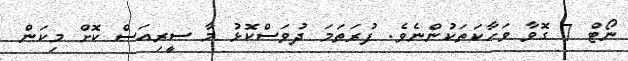
ނޯޓް 7 ގޮވާ ވަހާކަތަކުންނެވެ. ފުރަތަމަ ދުވަސްކޮޅު މާ ސީރިއަސް ކޮށް މިކަން